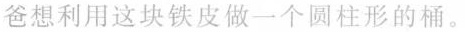
爸想利用这块铁皮做一个圆柱形的桶。